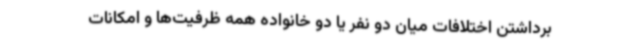
برداشتن اختلافات میان دو نفر یا دو خانواده همه ظرفیت‌ها و امکانات